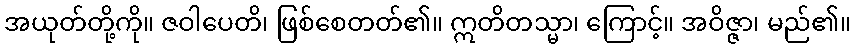
အယုတ်တို့ကို။ ဇဝါပေတိ၊ ဖြစ်စေတတ်၏။ ဣတိတသ္မာ၊ ကြောင့်။ အဝိဇ္ဇာ၊ မည်၏။